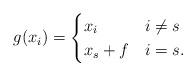
LaTeX: \begin{align*}g(x_i)=\begin{cases} x_i & i\neq s\\ x_s+f & i=s.\end{cases}\end{align*}